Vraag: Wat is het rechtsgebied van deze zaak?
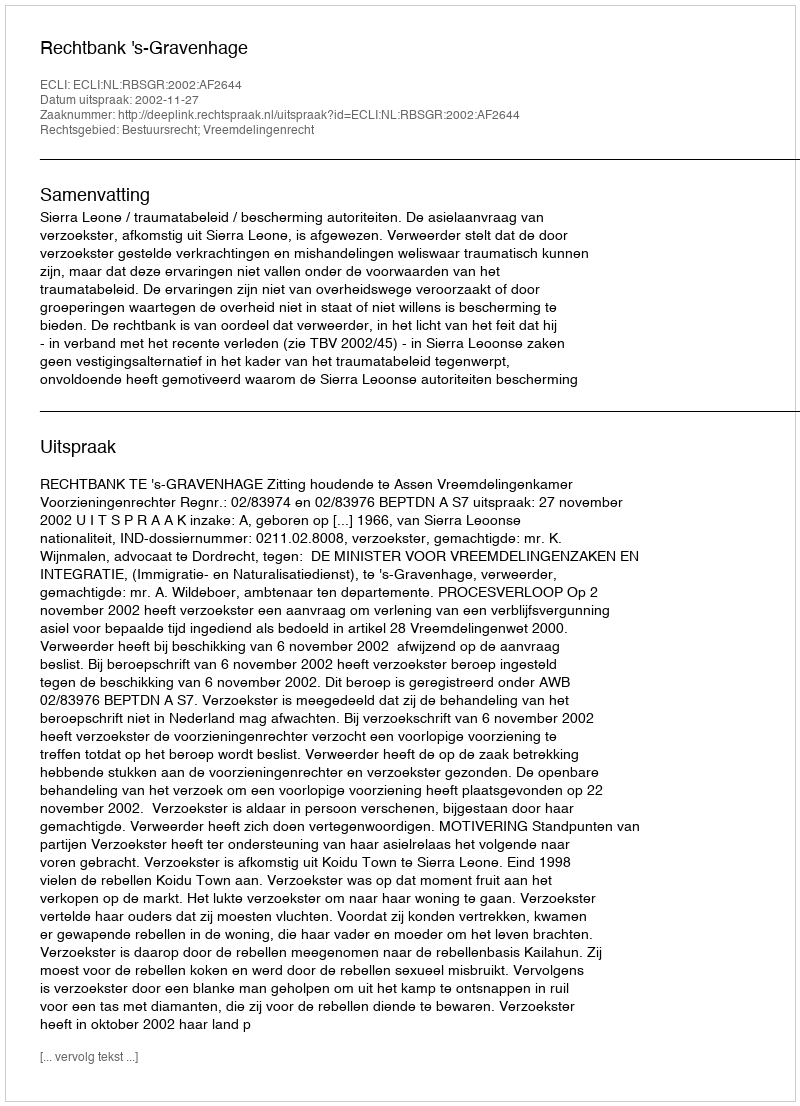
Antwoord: Bestuursrecht; Vreemdelingenrecht